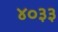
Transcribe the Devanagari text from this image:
४०३३